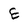
Character: E